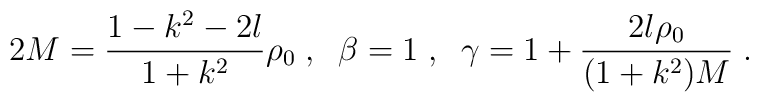
2 M = \frac{1 - k^2 - 2 l}{1 + k^2} \rho_0  \; , \; \;\beta = 1 \; , \; \;\gamma = 1 + \frac{2 l \rho_0}{(1 + k^2) M}  \; .